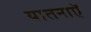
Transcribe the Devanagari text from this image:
यातनाऐं